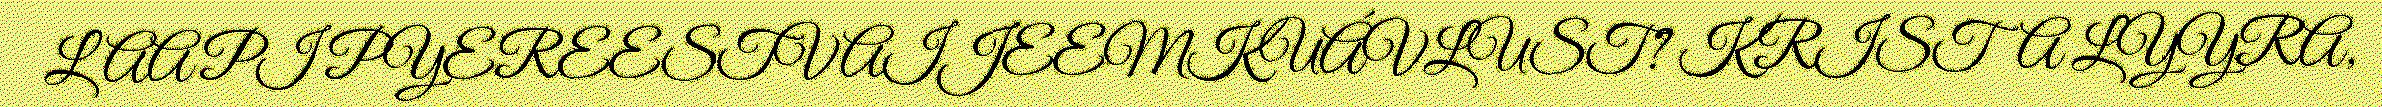
LAAPI PYEREESTVAIJEEMKUÁVLUST? KRISTA LYYRA,